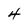
Character: 4